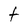
Character: t